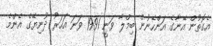
އެގޮތުން އޭނާގެ އަންހެނުން ބިމްލާ ވަނީ 1991 ވަނަ އަހަރު ދުނިޔޭގެ އެންމެ